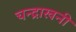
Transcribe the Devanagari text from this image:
चन्द्राखनी